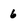
Character: 6